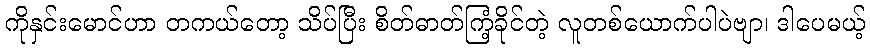
ကိုနှင်းမောင်ဟာ တကယ်တော့ သိပ်ပြီး စိတ်ဓာတ်ကြံ့ခိုင်တဲ့ လူတစ်ယောက်ပါပဲဗျာ၊ ဒါပေမယ့်